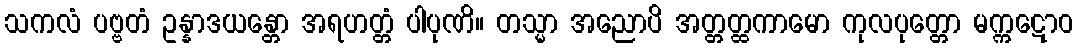
သကလံ ပဗ္ဗတံ ဥန္နာဒယန္တော အရဟတ္တံ ပါပုဏိ။ တသ္မာ အညောပိ အတ္တတ္ထကာမော ကုလပုတ္တော မက္ကဋောဝ